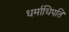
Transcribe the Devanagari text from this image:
धर्माधिपति